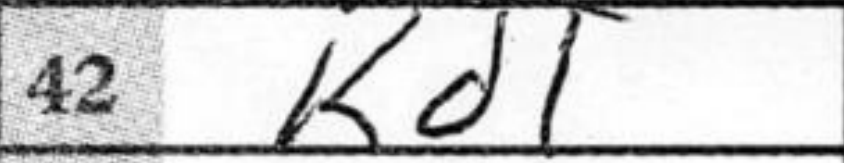
Transcription: Kd1